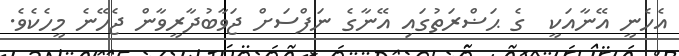
އެހެނީ އޭނާއަކީ  ގެ ޙަޟްރަތުގައި އޭނާގެ ނަފްސަށް ޖަވާބުދާރީވާން ޖެހޭނެ މީހެކެވެ.